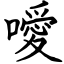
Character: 噯